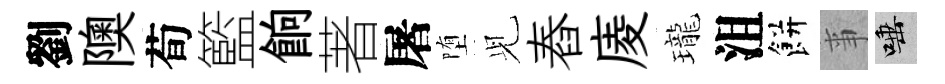
劉隩荀籃餉著屠堕𫤗舂庱瓏沮餅亊唾